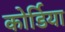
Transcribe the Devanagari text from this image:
कोर्डिया